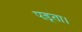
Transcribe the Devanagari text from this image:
पड़्ता।